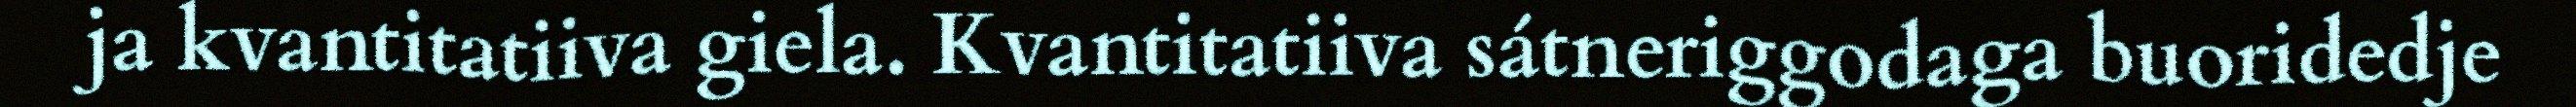
ja kvantitatiiva giela. Kvantitatiiva sátneriggodaga buoridedje